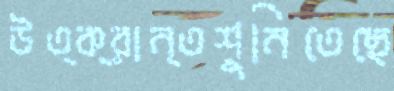
উত্ক্রান্তশুনিতেছে